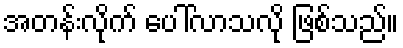
အတန်းလိုက် ပေါ်လာသလို ဖြစ်သည်။